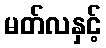
မတ်လနှင့်